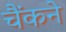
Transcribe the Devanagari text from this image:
चैंकने